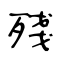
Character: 殘